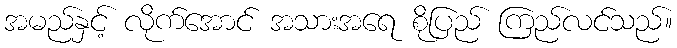
အမည်နှင့် လိုက်အောင် အသားအရေ စိုပြည် ကြည်လင်သည်။